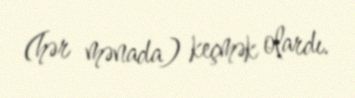
(hər mənada) keçmək olardı.